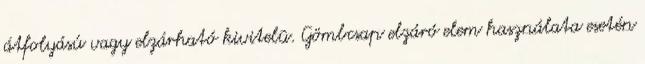
átfolyású vagy elzárható kivitelû. Gömbcsap elzáró elem használata esetén